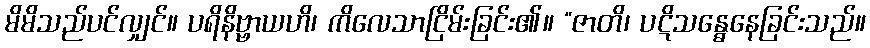
မိမိသည်ပင်လျှင်။ ပရိနိဗ္ဗာယဟိ၊ ကိလေသာငြိမ်းခြင်း၏။ “ဇာတိ၊ ပဋိသန္ဓေနေခြင်းသည်။